Vital statistics of India. Vol. V, Reports of 1876 on armies & jails and on epidemic cholera
Year: 1876
Disease focus: Cholera
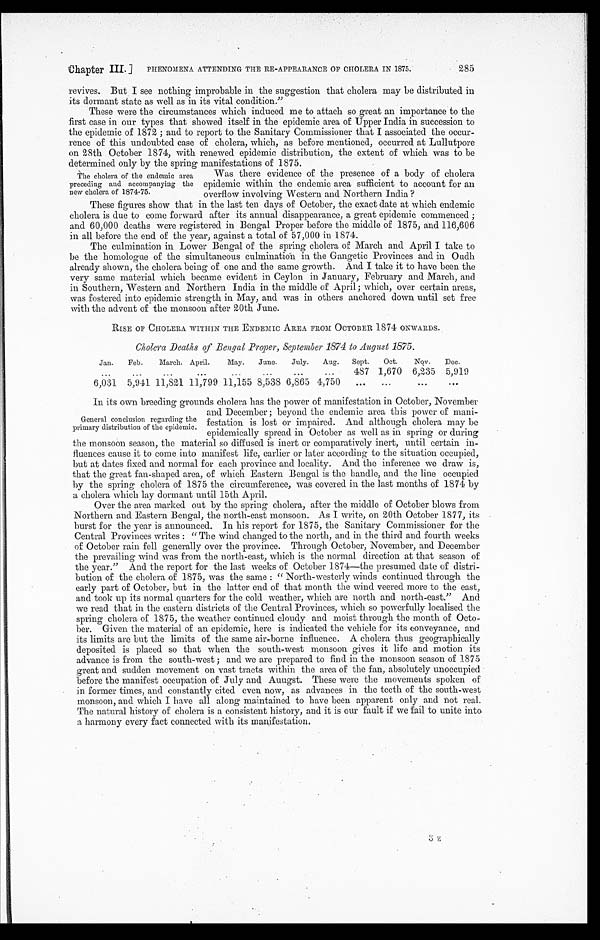
ii
Chapter III].PHENOMENA ATTENDING THE RE-APPEARANCE OF CHOLERA IN 1875. 285
revives. But I see nothing improbable in the suggestion that cholera may be distributed in
its dormant state as well as in its vital condition."
These were the circumstances which induced me to attach so great an importance to the
first case in our types that showed itself in the epidemic area of Upper India in succession to
the epidemic of 1872; and to report to the Sanitary Commissioner that I associated the
occur- rence of this undoubted case of cholera, which, as before mentioned, occurred at Lullutpore
on 28th October 1874, with renewed epidemic distribution, the extent of which was to be
determined only by the spring manifestations of 1875.
The cholera of the endemic area
Was there evidence of the presence of a body of cholera
preceding and accompanying the epidemic within the endemic area sufficient to account for an
new cholera of 1874-75.
overflow involving Western and Northern India ?
These figures show that in the last ten days of October, the exact date at which endemic
cholera is due to come forward after its annual disappearance, a great epidemic commenced;
and 60,000 deaths were registered in Bengal Proper before the middle of 1875, and 116,606
in all before the end of the year, against a total of 57,000 in 1874.
The culmination in Lower Bengal of the spring cholera of March and April I take to
be the homologue of the simultaneous culmination in the Gangetic Provinces and in Oudh
already shown, the cholera being of one and the same growth. And I take it to have been the
very same material which became evident in Ceylon in January, February and March, and
in Southern, Western and Northern India in the middle of April; which, over certain areas,
was fostered into epidemic strength in May, and was in others anchored down until set free
with the advent of the monsoon after 20th June.
R I S E O F C H O L E R A W I T H I N T H E E N D E M I C A R E A F R O M O C T O B E R 1 8 7 4 O N W A R D S .
Cholera Deaths of Bengal Proper, September 1874 to August 1875.
Jan. Feb.
March. April.
May. June. July. Aug. Sept. Oct.
Nov. Dec.
...
...
...
...
...
487 1,670 6,235 5,919
6,031 5,941 11,821 11,799 11,155 8,538 6,865 4,750
...
...
...
In its own breeding grounds cholera has the power of manifestation in October, November
and December; beyond the endemic area this power of mani-
General conclusion regarding the festation is lost or impaired. And although cholera may be
primary distribution of the epidemic. epidemically spread in October as well as in spring or during
the monsoon season, the material so diffused is inert or comparatively inert, until certain in
-
fluences cause it to come into manifest life, earlier or later according to the situation occupied,
but at dates fixed and normal for each province and locality. And the inference we draw is,
that the great fan-shaped area, of which Eastern Bengal is the handle, and the line occupied
by the spring cholera of 1875 the circumference, was covered in the last months of 1874 by
a cholera which lay dormant until 15th April.
Over the area marked out by the spring cholera, after the middle of October blows from
Northern and Eastern Bengal, the north-east monsoon. As I write, on 20th October 1877, its
burst for the year is announced. In his report for 1875, the Sanitary Commissioner for the
Central Provinces writes: "The wind changed to the north, and in the third and fourth weeks
of October rain fell generally over the province. Through October, November, and December
the prevailing wind was from the north-east, which is the normal direction at that season of
the year." And the report for the last weeks of October 1874—the presumed date of distr
i-bution of the cholera of 1875, was the same: "North-westerly winds continued through the
early part of October, but in the latter end of that month the wind veered more to the east,
and took up its normal quarters for the cold weather, which are north and north-east." And
we read that in the eastern districts of the Central Provinces, which so powerfully localised the
spring cholera of 1875, the weather continued cloudy and moist through the month of Octo
-ber. Given the material of an epidemic, here is indicated the vehicle for its conveyance, and
its limits are but the limits of the same air-borne influence. A cholera thus geographically
deposited is placed so that when the south-west monsoon gives it life and motion its
advance is from the south-west ; and we are prepared to find in the monsoon season of 1875
great and sudden movement on vast tracts within the area of the fan, absolutely unoccupied
before the manifest occupation of July and Auugst. These were the movements spoken of
in former times, and constantly cited even now, as advances in the teeth of the south-west
monsoon, and which I have all along maintained to have been apparent only and not real.
The natural history of cholera is a consistent history, and it is our fault if we fail to unite into
a harmony every fact connected with its manifestation.
3 z